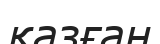
қазған